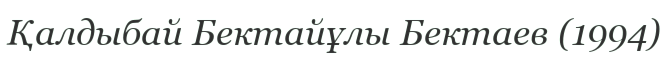
Қалдыбай Бектайұлы Бектаев (1994)